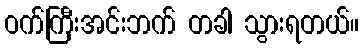
ဝက်ကြီးအင်းဘက် တခါ သွားရတယ်။